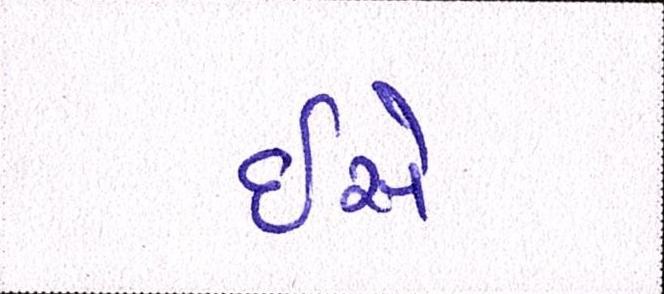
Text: ઇસે